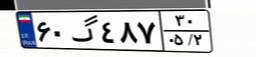
۶۰گ۴۸۷۳۰